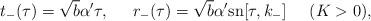
LaTeX: \begin{align*}t_-(\tau)=\sqrt{b}\alpha'\tau,\;\;\;\;\;r_-(\tau)=\sqrt{b}\alpha'\mbox{sn}[\tau,k_-]\;\;\;\;\;(K>0),\end{align*}